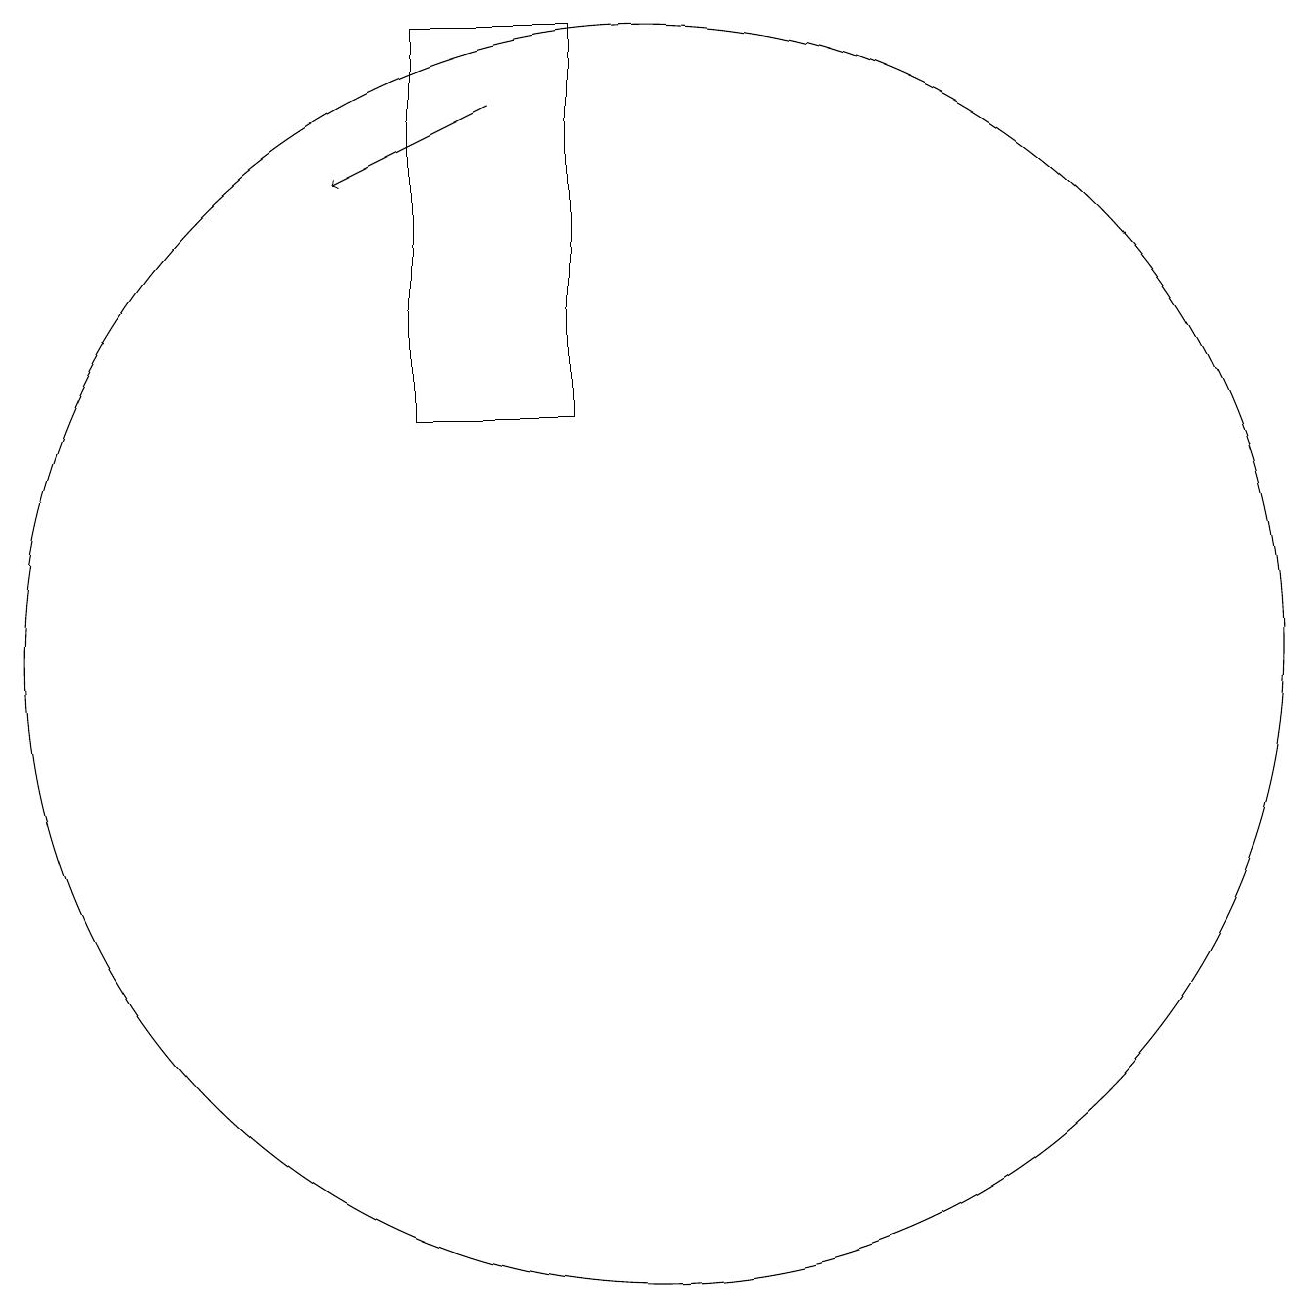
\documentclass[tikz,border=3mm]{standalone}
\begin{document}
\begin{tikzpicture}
\draw[->] (8,17) -- (6,16);
\draw (9,13) rectangle (7,18);
\draw (10,10) circle (8);
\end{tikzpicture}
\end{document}